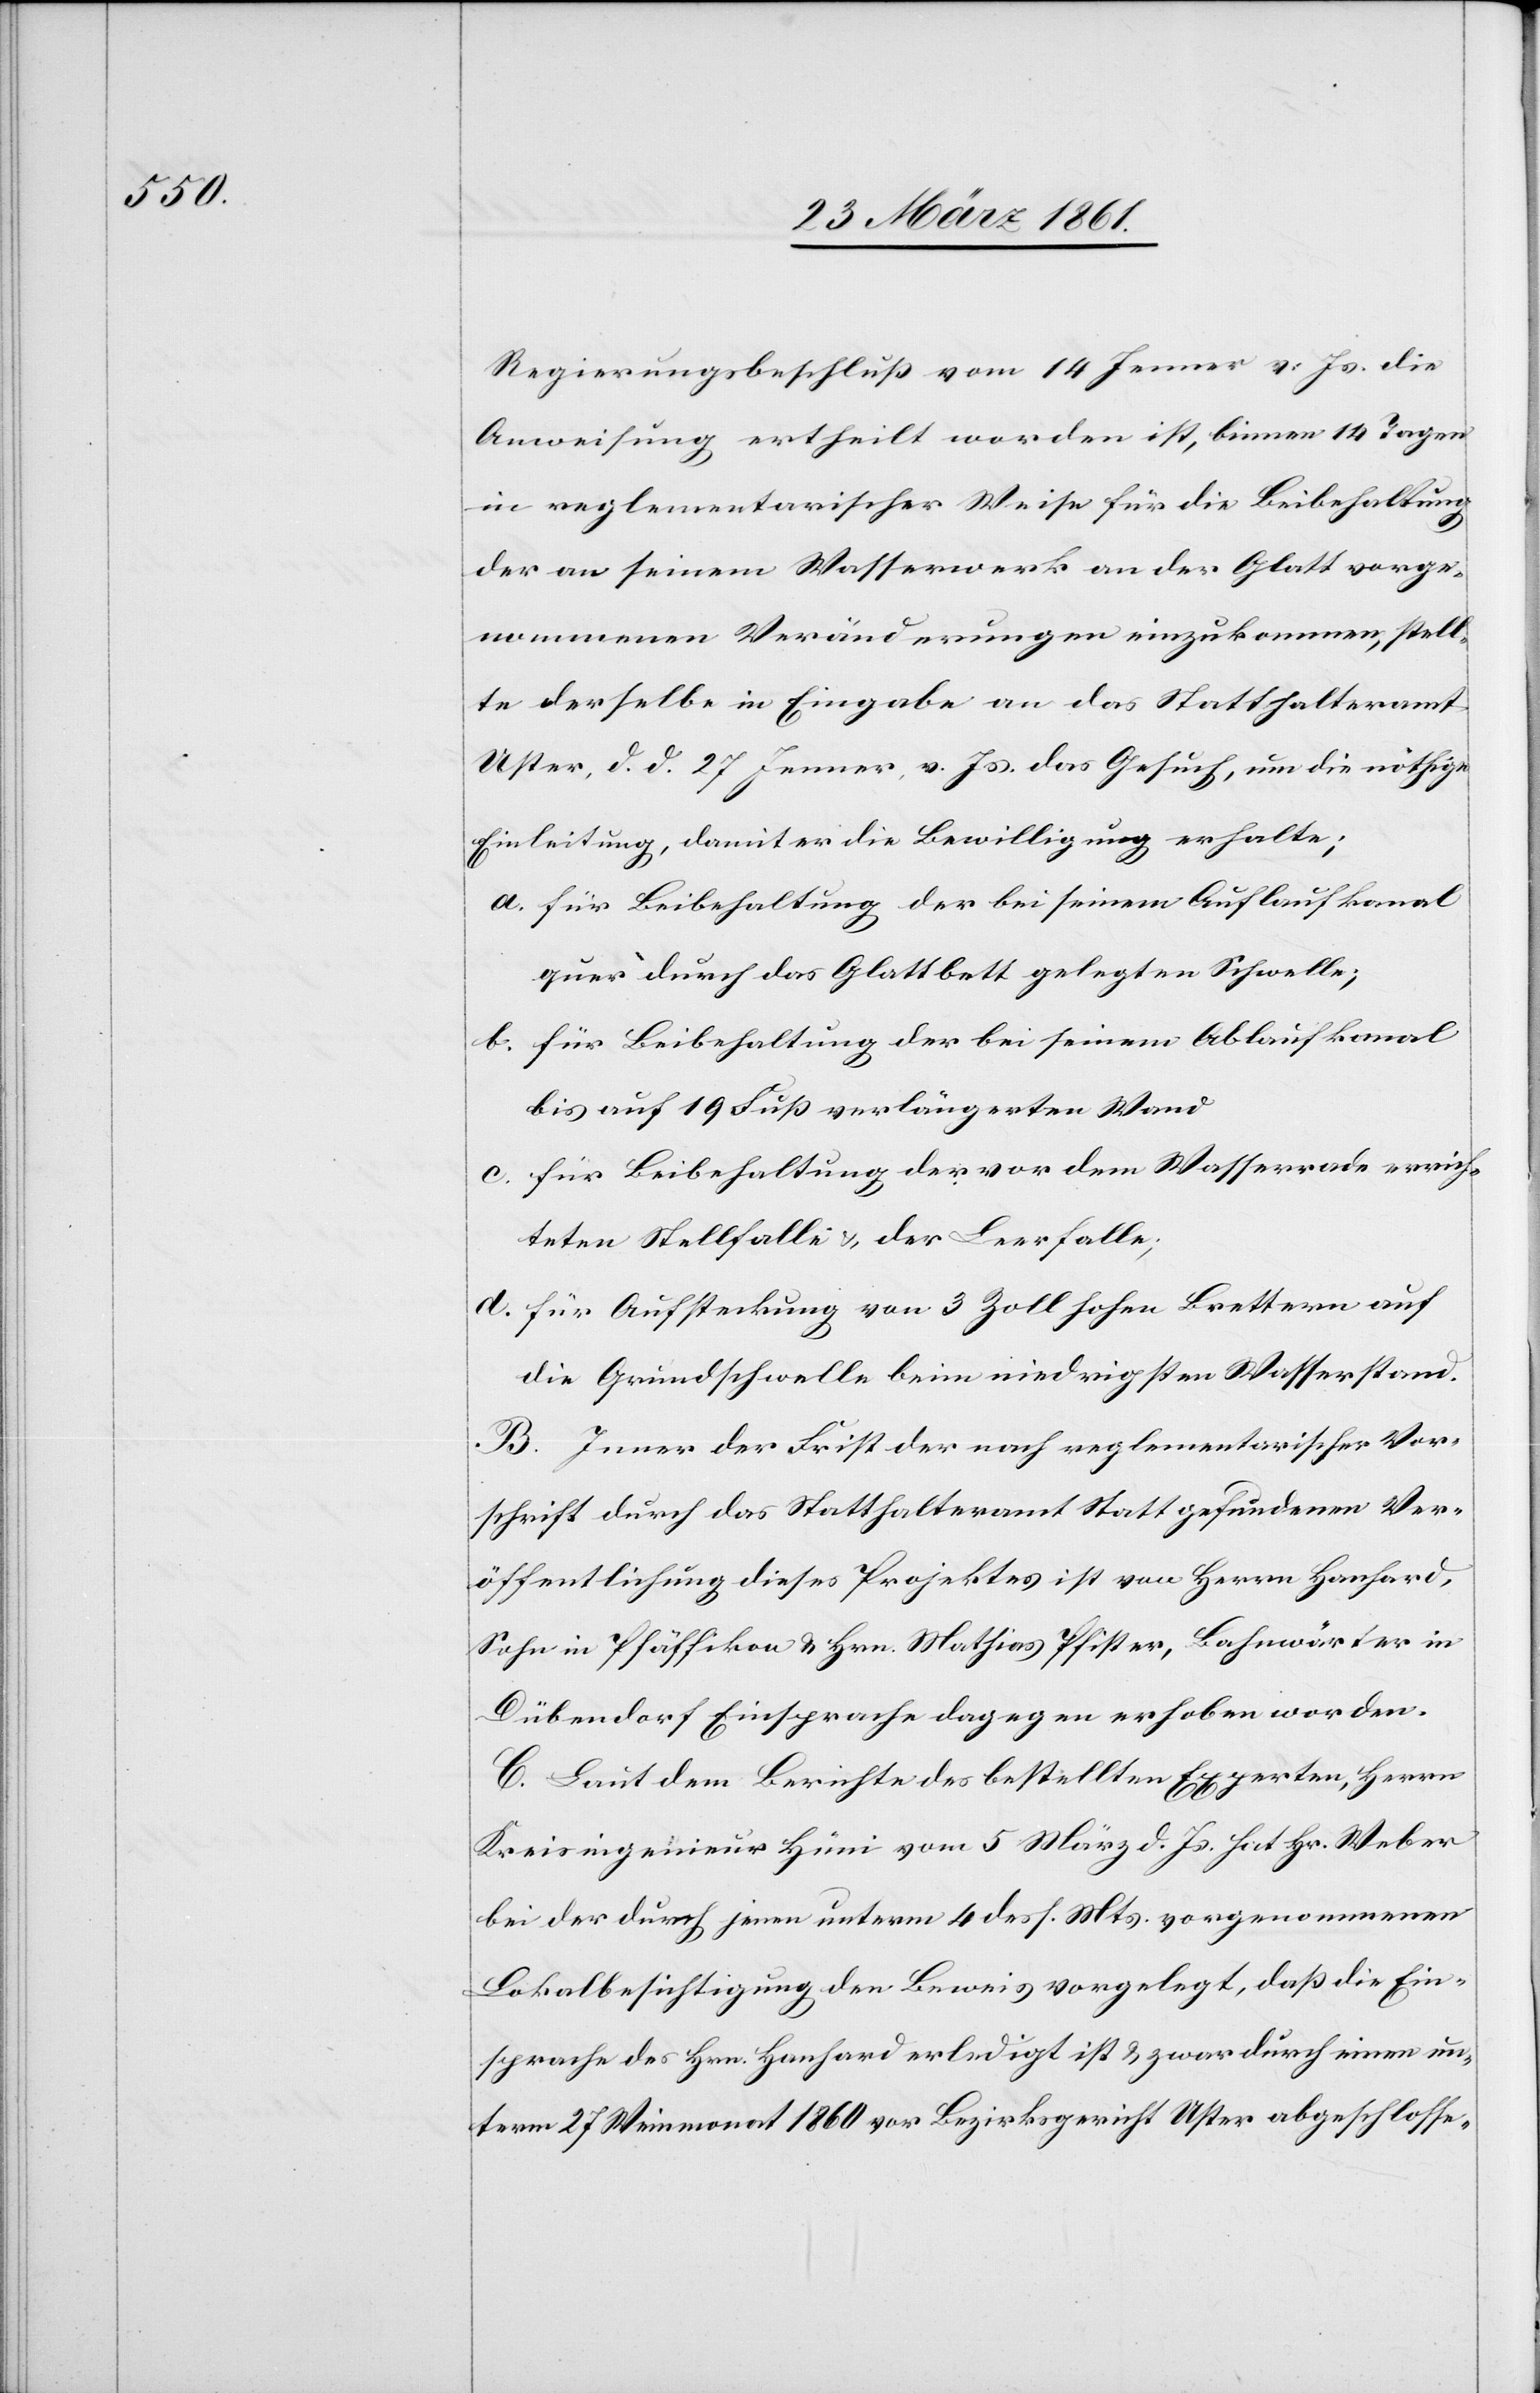
Regierungsbeschluß vom 14.Jenner v. Js. die
Anweisung ertheilt worden ist, binnen 14 Tagen
in reglementarischer Weise für die Beibehaltung
der an seinem Wasserwerk an der Glatt vorge¬
nommenen Veränderungen einzukommen, stell¬
te derselbe in Eingabe an das Statthalteramt
Uster, d. d. 27. Jenner, v. Js. das Gesuch, um die nöthige
Einleitung, damit er die Bewilligung erhalte;
a. für Beibehaltung der bei seinem Auflaufkanal
quer durch das Glattbett gelegten Schwelle;
b. für Beibehaltung der bei seinem Ablaufkanal
bis auf 19 Fuß verlängerten Wand
c. für Beibehaltung der vor dem Wasserrade errich¬
teten Stellfalle u. der Leerfalle;
d. für Aufsteckung von 3 Zoll hohen Brettern auf
die Grundschwelle beim niedrigsten Wasserstand.
B. Inner[t] der Frist der nach reglementarischer Vor¬
schrift durch das Statthalteramt statt gefundenen Ver¬
öffentlichung dieses Projektes ist vom Herrn Hanhard,
Sohn in Pfäffikon u. Hrn. Mathias Pfister, Bachwärter in
Dübendorf Einsprache dagegen erhoben worden.
C. Laut dem Berichte des bestellten Experten, Herrn
Kreisingenieur Hüni vom 5. März d. Js. hat Hr. Weber
bei der durch jenen unterm 4. dess. Mts. vorgenommenen
Lokalbesichtigung den Beweis vorgelegt, daß die Ein¬
sprache des Hrn. Hanhard erledigt ist u. zwar durch einen un¬
term 27. Weinmonat 1860 vor Bezirksgericht Uster abgeschlosse-